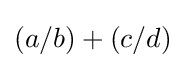
(a/b)+(c/d)